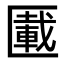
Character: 𠥠